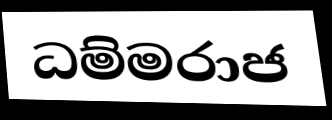
ධම්මරාජ